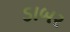
ડાબર